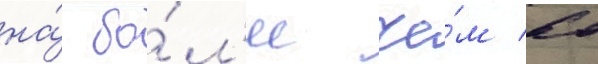
на́ бо́л'ее че́м 60